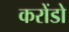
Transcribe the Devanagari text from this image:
करोंडो